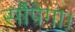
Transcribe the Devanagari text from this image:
सौंपेगा।